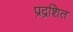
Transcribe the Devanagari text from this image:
प्रद्रशित